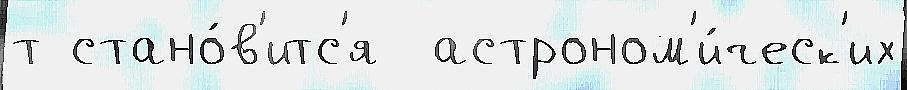
т стано́в'итс'я  астроном'и́ческ'их